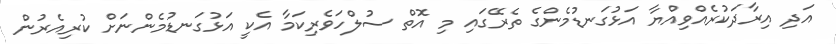
އަދި އިރާދަކުރެއްވިއްޔާ އަޅުގަނޑުމެންގެ ތެރޭގައި މި އޮތް ސުލްހަވެރިކަމާ އެކީ އަޅުގަނޑުމެންނަށް ކުރިއެރުން